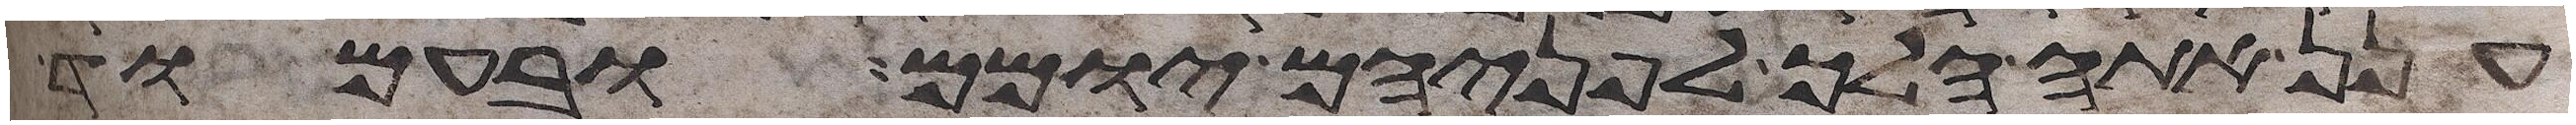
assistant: ענן אתה הלך לפניהם יומם ובעמוד